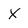
Character: X